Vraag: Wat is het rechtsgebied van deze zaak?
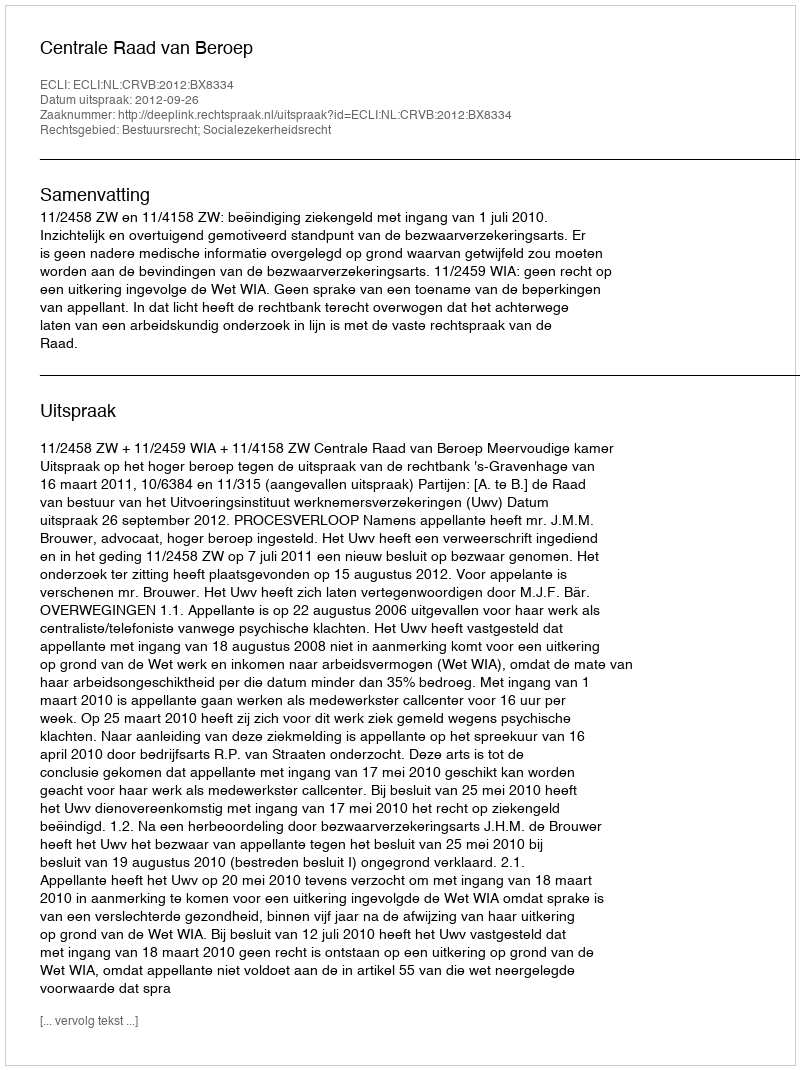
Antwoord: Bestuursrecht; Socialezekerheidsrecht